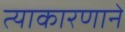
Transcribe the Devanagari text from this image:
त्याकारणाने